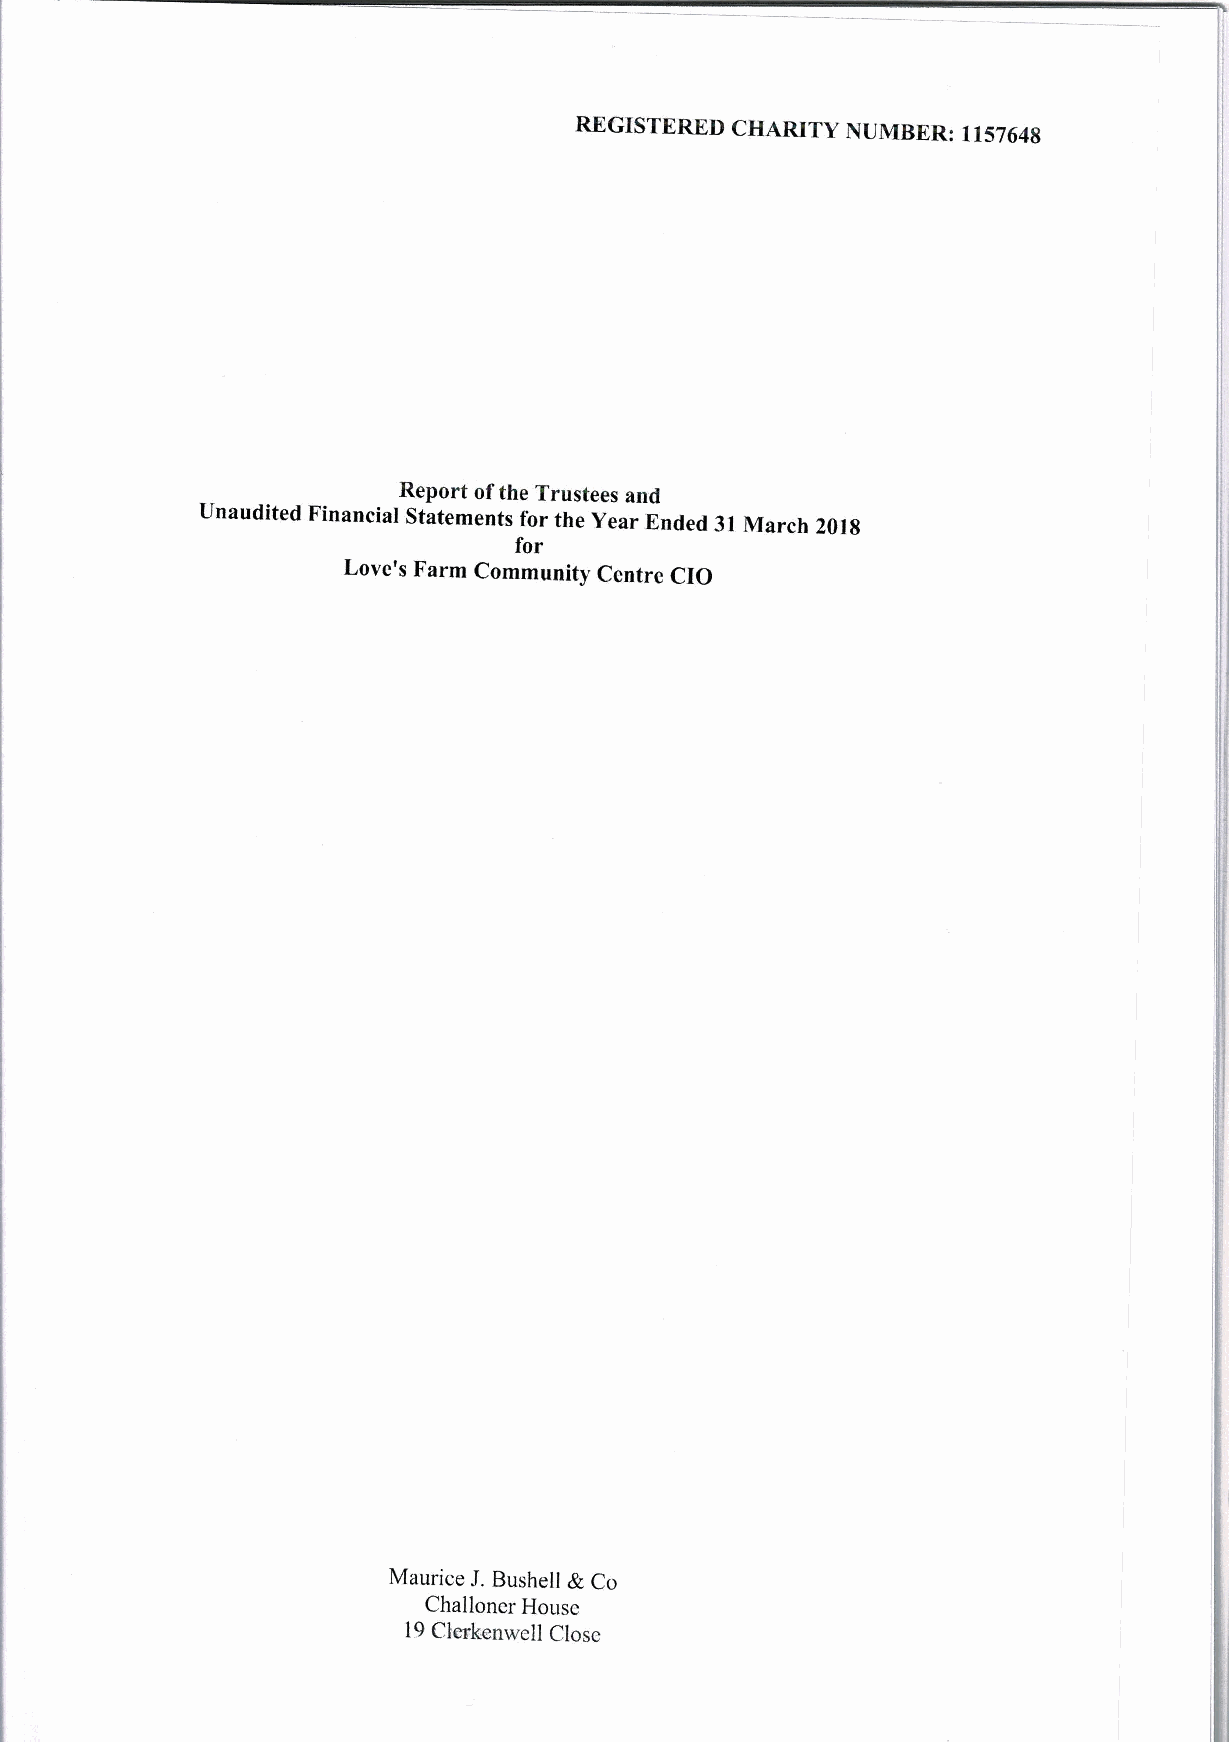
REGISTERED CHARITY NUMBER: 115764S
 Report ofthe Trustees and
 Unaudited Financial Statements for the Year Ended 31 March 2018
 for
 Love's Farm Community Ccntrc CIO
 Maurice J.Bushell &Co
 Challoncr House
 19Clerkenwell Close